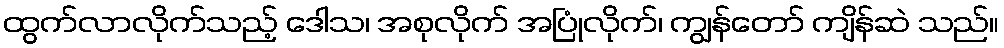
ထွက်လာလိုက်သည့် ဒေါသ၊ အစုလိုက် အပြုံလိုက်၊ ကျွန်တော် ကျိန်ဆဲ သည်။